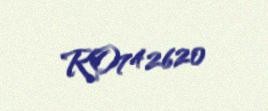
RO742620